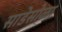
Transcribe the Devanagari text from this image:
साडेसोळा